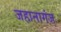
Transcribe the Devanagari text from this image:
जहानागंज